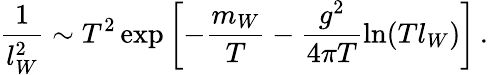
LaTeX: \frac{1}{l_{W}^{2}}\sim T^{2}\exp\left[-\frac{m_{W}}T-\frac{g^{2}}{4\pi T}\ln(Tl_{W})\right]\, .